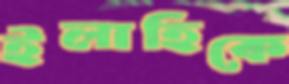
ইলাহিকে